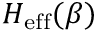
H _ { \mathrm { e f f } } ( \beta )